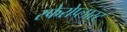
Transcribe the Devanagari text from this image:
स्फेरोप्लास्ट